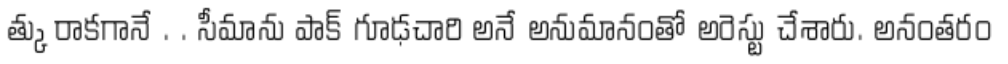
త్కు రాకగానే . . సీమాను పాక్ గూఢచారి అనే అనుమానంతో అరెస్టు చేశారు. అనంతరం